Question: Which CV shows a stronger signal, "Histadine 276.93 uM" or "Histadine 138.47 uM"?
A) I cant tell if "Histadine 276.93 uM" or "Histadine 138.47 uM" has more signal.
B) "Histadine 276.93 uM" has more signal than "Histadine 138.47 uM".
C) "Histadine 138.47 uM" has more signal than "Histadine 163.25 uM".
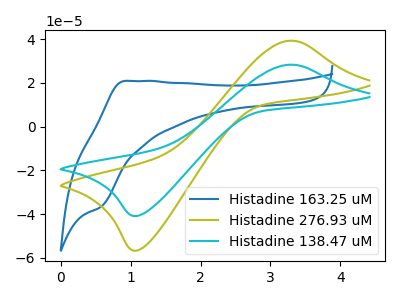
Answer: <think>The blue curve "Histadine 163.25 uM" has an anodic peak at (0.90V, 20.90uA) and a cathodic peak at (0.55V, -36.80uA). The olive curve "Histadine 276.93 uM" has an anodic peak at (3.25V, 39.35uA) and a cathodic peak at (1.10V, -56.70uA). The cyan curve "Histadine 138.47 uM" has an anodic peak at (3.25V, 28.35uA) and a cathodic peak at (1.10V, -40.85uA).
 All the peaks in "Histadine 276.93 uM" have a peak in "Histadine 138.47 uM" at the same potential. Every peak in "Histadine 276.93 uM" is higher than every peak in "Histadine 138.47 uM".</think>
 <answer>B) "Histadine 276.93 uM" has more signal than "Histadine 138.47 uM".</answer>
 <eval>B</eval>